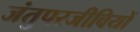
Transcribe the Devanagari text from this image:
जंतुपरजीवियों